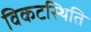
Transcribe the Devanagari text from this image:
विकटस्थिति